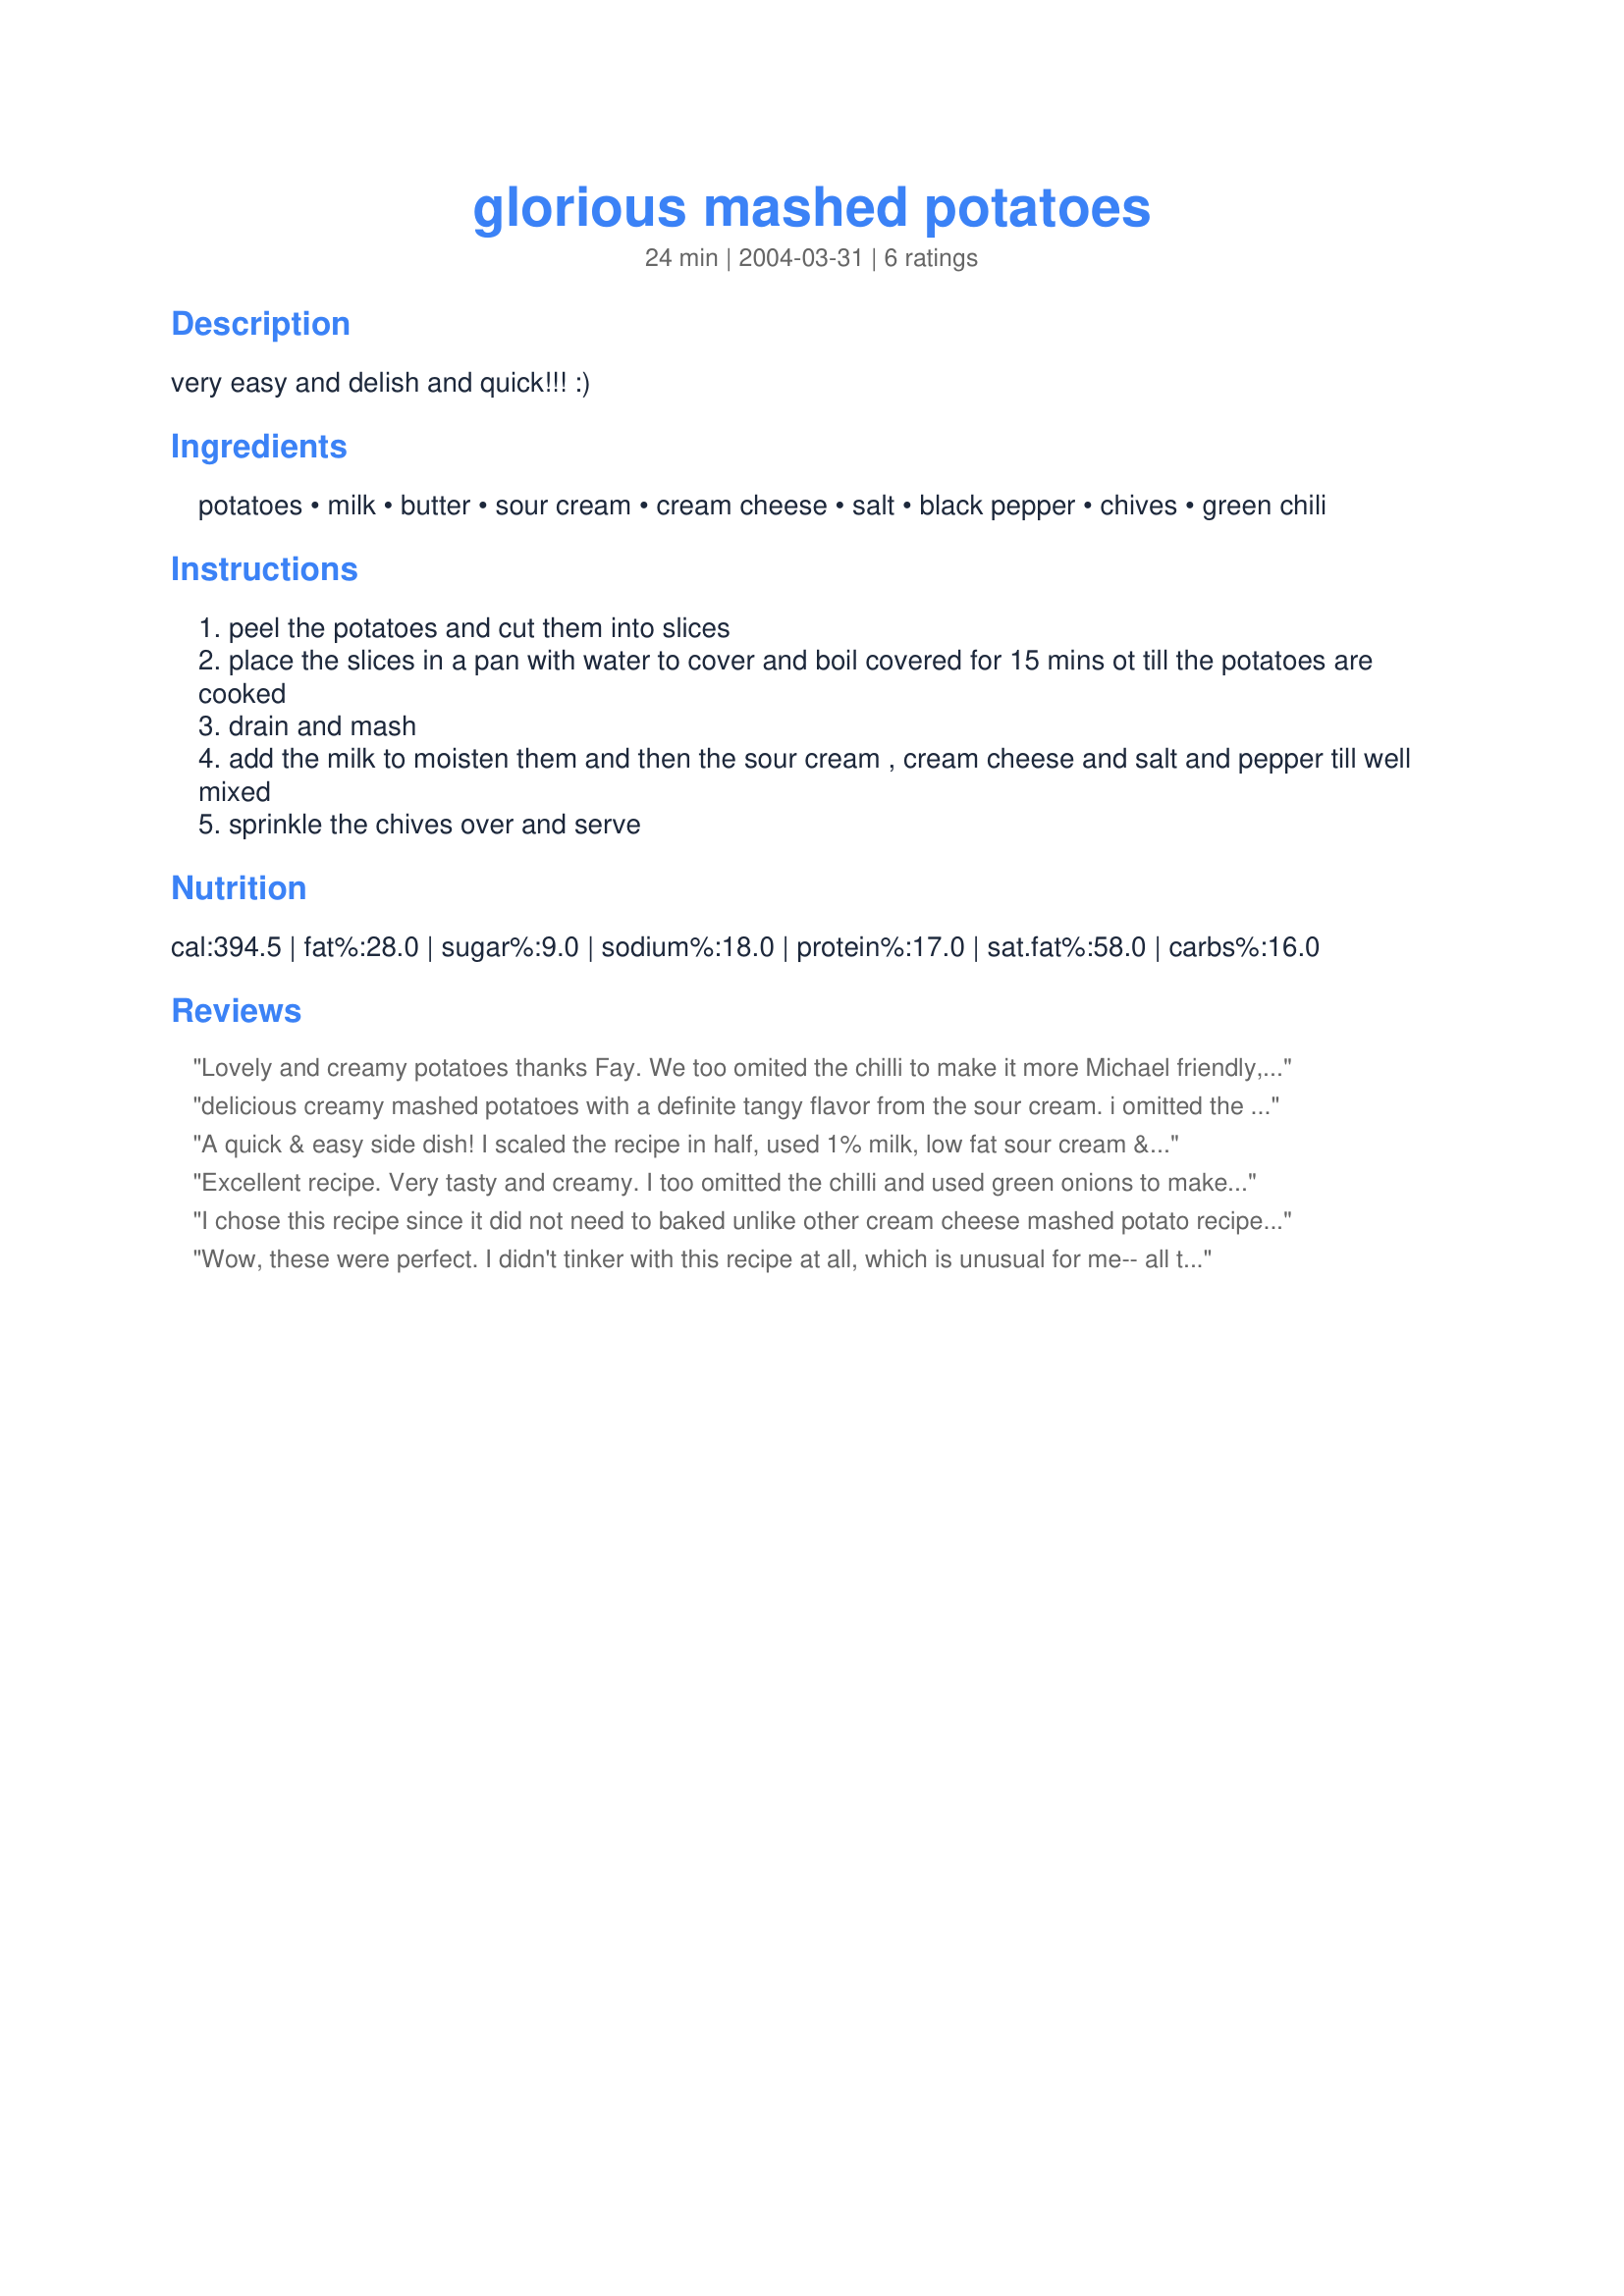
glorious mashed potatoes
Preparation time: 24 minutes

very easy and delish and quick!!! :)

Ingredients:
potatoes, milk, butter, sour cream, cream cheese, salt, black pepper, chives, green chili

Steps:
peel the potatoes and cut them into slices
place the slices in a pan with water to cover and boil covered for 15 mins ot till the potatoes are cooked
drain and mash
add the milk to moisten them and then the sour cream , cream cheese and salt and pepper till well mixed
sprinkle the chives over and serve

Reviews:
Lovely and creamy potatoes thanks Fay. We too omited the chilli to make it more Michael friendly, but will try that at another time. I used about 1 tablespoon of garlic chives, low fat sour cream, milk and spreadable cream cheese. These are good potatoes!!!!
delicious creamy mashed potatoes with a definite tangy flavor from the sour cream. i omitted the chile, but used alot of fresh chives. great side dish and a keeper.
A quick & easy side dish! I scaled the recipe in half, used 1% milk, low fat sour cream & light cream cheese - it still tasted good. I substituted chopped green onions (no chives on hand) & omitted the chilies. Thanx Fay!
Excellent recipe. Very tasty and creamy. I too omitted the chilli and used green onions to make it more kid friendly. Next time I will try with the chilli. Thanks for posting Fay!
I chose this recipe since it did not need to baked unlike other cream cheese mashed potato recipes. I used 5 small russets since they were on sale this week at the market... I used organic 2% milk, butter, full fat sour cream and cream cheese and fresh chives from the garden. I also added in 2 cloves of garlic to the potatoes as they boiled... I chose to chop the potatoes into chunks rather than slices and boiled for 17 minutes... I used my mixer to incorporate all the ingredients and they were so silky smooth and delicious... I wouldn't change a thing... a great side to Recipe #108277... thanks for sharing!!!
Wow, these were perfect. I didn't tinker with this recipe at all, which is unusual for me-- all the amounts were dead accurate! I used real butter but substituted neufchatel cheese, fat free sour cream, and nonfat milk for the other ingredients. Still, they tasted fat-laden and delicious. :) I loved the chives, and next time I'll try the suggested cilantro/mint combo. I'll also add the chiles, but didn't for the sake of my kiddo this time around. I made these ahead and popped them, tightly covered, in a slow oven to keep them hot. Thanks for posting!
